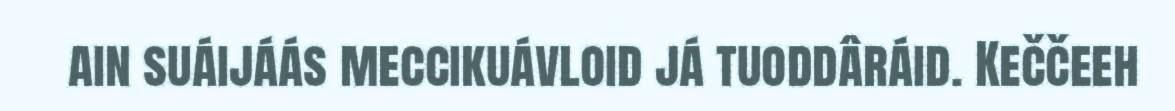
ain suáijáás meccikuávloid já tuoddâráid. Keččeeh